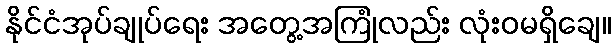
နိုင်ငံအုပ်ချုပ်ရေး အတွေ့အကြုံလည်း လုံးဝမရှိချေ။